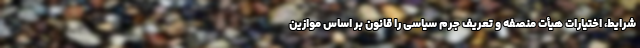
شرایط، اختیارات هیأت منصفه و تعریف جرم سیاسی را قانون بر اساس موازین